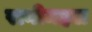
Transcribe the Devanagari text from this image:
रानीमहल